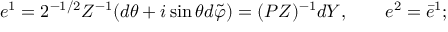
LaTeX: e ^ { 1 } = 2 ^ { - 1 / 2 } Z ^ { - 1 } ( d \theta + i \sin \theta d \tilde { \varphi } ) = ( P Z ) ^ { - 1 } d Y , \qquad e ^ { 2 } = \bar { e } ^ { 1 } ;